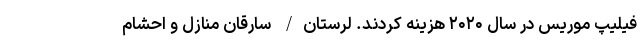
فیلیپ موریس در سال ۲۰۲۰ هزینه کردند. لرستان/ سارقان منازل و احشام